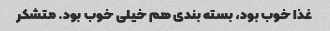
غذا خوب بود، بسته بندی هم خیلی خوب بود. متشکر